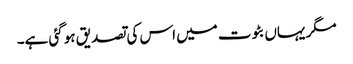
مگر یہاں بٹوت میں اس کی تصدیق ہو گئی ہے۔